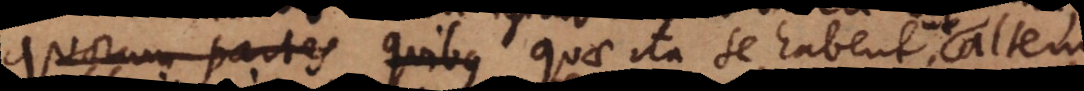
quorum partes quibus quae ita se habent, ut